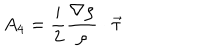
A _ { 4 } = { \frac { \mathrm { i } } { 2 } } { \frac { \nabla \rho } { \rho } } \cdot \vec { \tau }